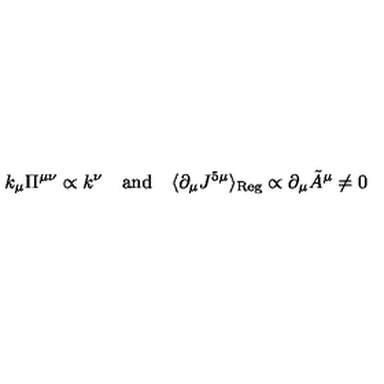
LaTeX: k _ { \mu } \Pi ^ { \mu \nu } \propto k ^ { \nu } \quad \mathrm { a n d } \quad \langle \partial _ { \mu } J ^ { 5 \mu } \rangle _ { \mathrm { R e g } } \propto \partial _ { \mu } { \tilde { A } } ^ { \mu } \neq 0